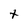
Character: t